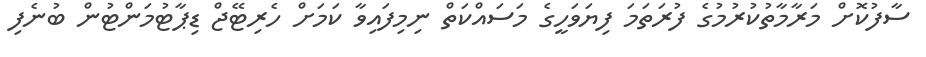
ސާފުކޮށް މަރާމާތުކުރުމުގެ ފުރަތަމަ ފިޔަވަހީގެ މަސައްކަތް ނިމިފައިވާ ކަމަށް ހެރިޓޭޖް ޑިޕާޓުމަންޓުން ބުނެފި